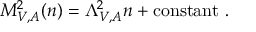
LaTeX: M _ { V , A } ^ { 2 } ( n ) = \Lambda _ { V , A } ^ { 2 } n + \mathrm { c o n s t a n t } \ .